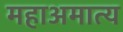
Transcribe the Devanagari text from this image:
महाअमात्य